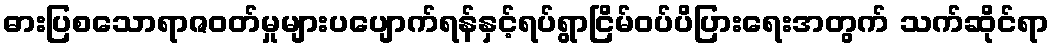
ဓားပြစသောရာဇဝတ်မှုများပပျောက်ရန်နှင့်ရပ်ရွာငြိမ်ဝပ်ပိပြားရေးအတွက် သက်ဆိုင်ရာ